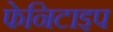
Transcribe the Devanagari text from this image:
फेनिटाइप